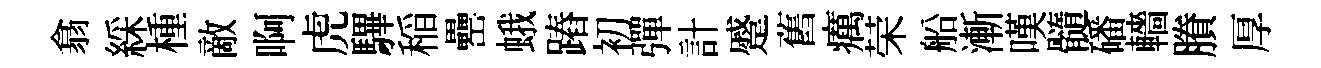
翕綵㮔敵啊虎驆稲罍蛾蹖初彈計蹙舊癘荣船漸嘆髓磻轖賸厚